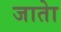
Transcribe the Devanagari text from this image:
जाताे